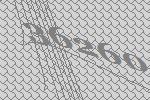
36260